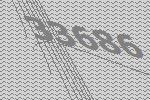
33686